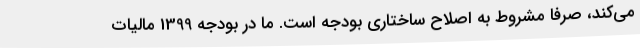
می‌کند، صرفا مشروط به اصلاح ساختاری بودجه است. ما در بودجه 1399 مالیات